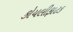
કોયલીફાટક